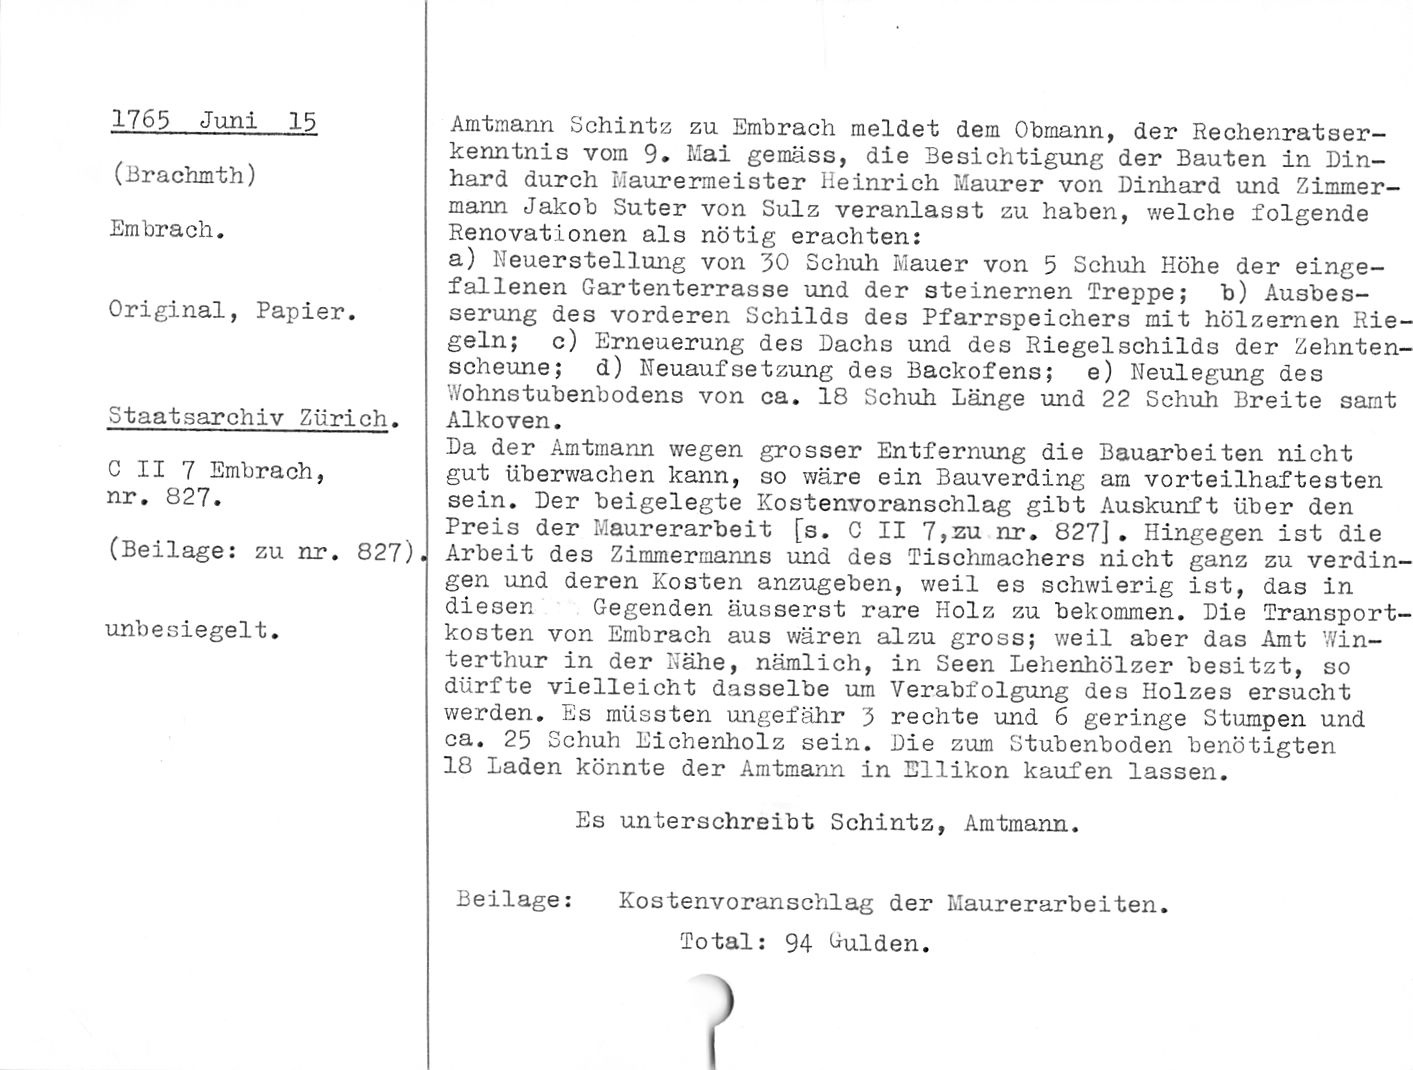
1765 Juni 15

(Brachmth)

Embrach.

Original, Papier.

Staatsarchiv Zürich.

C II 7 Einbrach,
nr. 827.

(Beilage: zu nr. 827).
unbesiegelt.

Amtmann Schintz zu Embrach meldet dem Obmann, der Rechenratser¬
kenntnis vom 9. Mai gemäss, die Besichtigung der Bauten in Ein¬
hard durch Maurermeister Heinrich Maurer von Einhard und Zimmer¬
mann Jakob Suter von Sulz veranlasst zu haben, welche folgende
Renovationen als nötig erachten:

a) Neuerstellung von 50 Schuh Mauer von 5 Schuh Höhe der einge¬
fallenen Gartenterrasse und der steinernen Treppe; b) Ausbes¬
serung des vorderen Schilds des Pfarrspeichers mit hölzernen Rie¬
geln; c) Erneuerung des Eachs und des RiegelSchilds der Zehnten¬
scheune; d) Neuaufsetzung des Backofens; e) Neulegung des
Wohnstubenbodens von ca. 18 Schuh Länge und 22 Schuh Breite samt
Alkoven.

Ba der Amtmann wegen grosser Entfernung die Bauarbeiten nicht
gut überwachen kann, so wäre ein Bauverding am vorteilhaftesten
sein. Der beigelegte Kostenvoranschlag gibt Auskunft über den
Preis der Maurerarbeit [s. C II 7,zu nr. 827]. Hingegen ist die
Arbeit des Zimmermanns und des Tischmachers nicht ganz zu verdin¬
gen und deren Kosten anzugeben, weil es schwierig ist, das in
diesen Gegenden äusserst rare Holz zu bekommen. Eie Transport¬
kosten von Embrach aus wären alzu gross; weil aber das Amt Win¬
terthur in der Nähe, nämlich, in Seen Lehenhölzer besitzt, so
dürfte vielleicht dasselbe um Verabfolgung des Holzes ersucht
werden. Es müssten ungefähr 5 rechte und 6 geringe Stumpen und
ca. 25 Schuh Eichenholz sein. Eie zum Stubenboden benötigten
18 Laden könnte der Amtmann in Ellikon kaufen lassen.

Es unterschreibt Schintz, Amtmann.

Beilage: Kostenvoranschlag der Maurerarbeiten.

Total: 94 dulden.